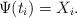
LaTeX: \begin{align*}\Psi(t_i)=X_i.\end{align*}